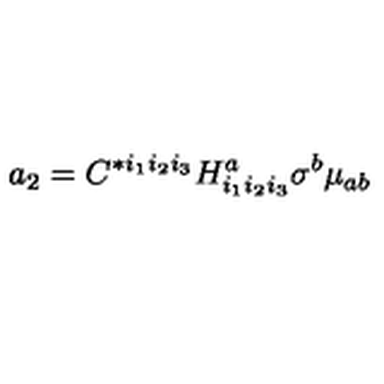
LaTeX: a _ { 2 } = C ^ { * i _ { 1 } i _ { 2 } i _ { 3 } } H _ { i _ { 1 } i _ { 2 } i _ { 3 } } ^ { a } \sigma ^ { b } \mu _ { a b }